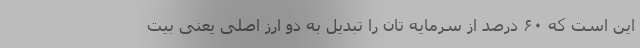
این است که ۶۰ درصد از سرمایه تان را تبدیل به دو ارز اصلی یعنی بیت